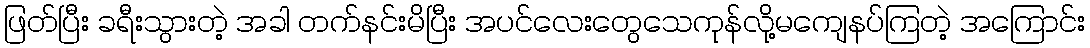
ဖြတ်ပြီး ခရီးသွားတဲ့ အခါ တက်နင်းမိပြီး အပင်လေးတွေသေကုန်လို့မကျေနပ်ကြတဲ့ အကြောင်း